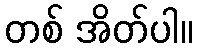
တစ် အိတ်ပါ။